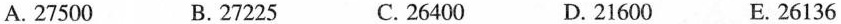
A.27500 B.27225 C.26400 D.21600 E.26136